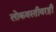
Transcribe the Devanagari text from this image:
लोकवस्तीवरही